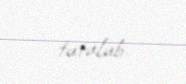
tutulub.